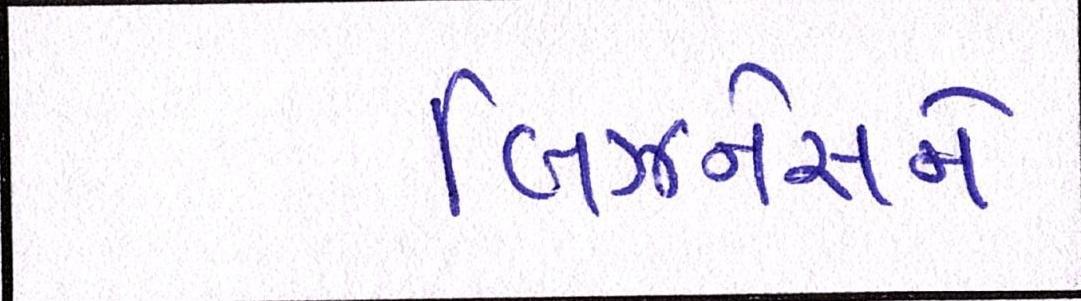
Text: બિઝનેસને